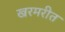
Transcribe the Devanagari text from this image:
खरमरीत